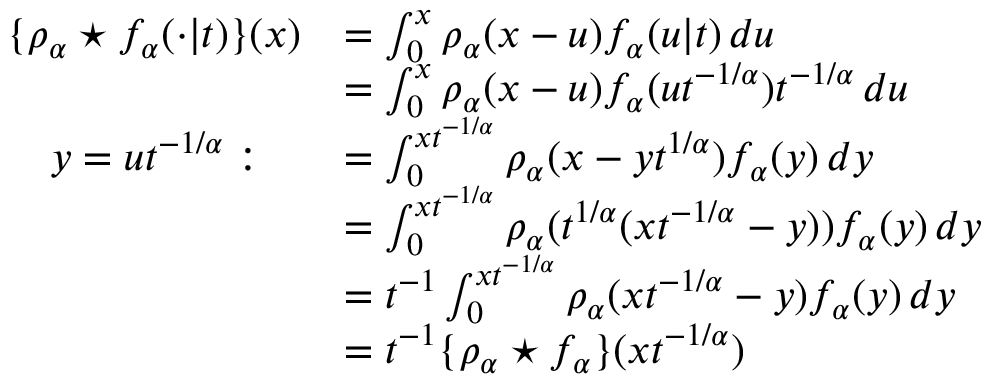
\begin{array} { r l } { \{ \rho _ { \alpha } \star f _ { \alpha } ( \cdot \vert t ) \} ( x ) } & { = \int _ { 0 } ^ { x } \rho _ { \alpha } ( x - u ) f _ { \alpha } ( u \vert t ) \, d u } \\ & { = \int _ { 0 } ^ { x } \rho _ { \alpha } ( x - u ) f _ { \alpha } ( u t ^ { - 1 / \alpha } ) t ^ { - 1 / \alpha } \, d u } \\ { y = u t ^ { - 1 / \alpha } : \quad } & { = \int _ { 0 } ^ { x t ^ { - 1 / \alpha } } \rho _ { \alpha } ( x - y t ^ { 1 / \alpha } ) f _ { \alpha } ( y ) \, d y } \\ & { = \int _ { 0 } ^ { x t ^ { - 1 / \alpha } } \rho _ { \alpha } ( t ^ { 1 / \alpha } ( x t ^ { - 1 / \alpha } - y ) ) f _ { \alpha } ( y ) \, d y } \\ & { = t ^ { - 1 } \int _ { 0 } ^ { x t ^ { - 1 / \alpha } } \rho _ { \alpha } ( x t ^ { - 1 / \alpha } - y ) f _ { \alpha } ( y ) \, d y } \\ & { = t ^ { - 1 } \{ \rho _ { \alpha } \star f _ { \alpha } \} ( x t ^ { - 1 / \alpha } ) } \end{array}